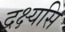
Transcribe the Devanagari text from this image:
द्रक्ष्यसि